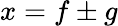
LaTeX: x=f\pm g